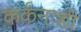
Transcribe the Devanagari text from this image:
कर्कनाशी